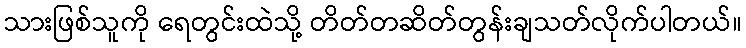
သားဖြစ်သူကို ရေတွင်းထဲသို့ တိတ်တဆိတ်တွန်းချသတ်လိုက်ပါတယ်။